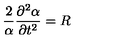
\frac { 2 } { \alpha } \frac { \partial ^ { 2 } \alpha } { \partial t ^ { 2 } } = R